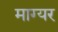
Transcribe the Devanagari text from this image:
माग्यर